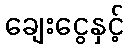
ချေးငွေနှင့်